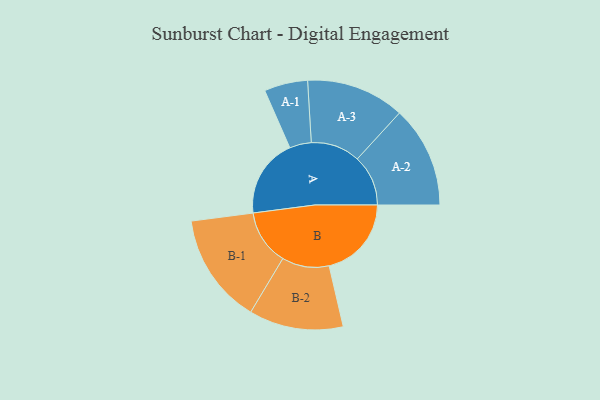
{"axis": {"x": "Segment", "y": "Value"}, "legend": ["", "A", "B"], "data": [{"x": "A", "y": 388, "type": ""}, {"x": "B", "y": 405, "type": ""}, {"x": "A-1", "y": 107, "type": "A"}, {"x": "A-2", "y": 250, "type": "A"}, {"x": "A-3", "y": 242, "type": "A"}, {"x": "B-1", "y": 272, "type": "B"}, {"x": "B-2", "y": 232, "type": "B"}]}